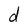
Character: d